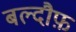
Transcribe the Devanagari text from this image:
बल्दौफ़